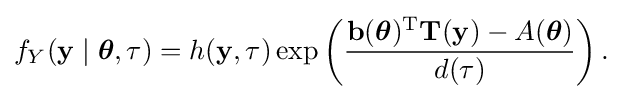
f_{Y}(\mathbf {y} \mid {\boldsymbol {\theta }},\tau )=h(\mathbf {y} ,\tau )\exp \left({\frac {\mathbf {b} ({\boldsymbol {\theta }})^{\rm {T}}\mathbf {T} (\mathbf {y} )-A({\boldsymbol {\theta }})}{d(\tau )}}\right).\,\!